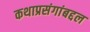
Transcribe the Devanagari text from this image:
कथाप्रसंगांबद्दल